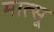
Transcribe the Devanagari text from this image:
मात्सू